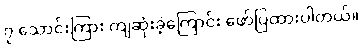
၇ သောင်းကြား ကျဆုံးခဲ့ကြောင်း ဖော်ပြထားပါတယ်။